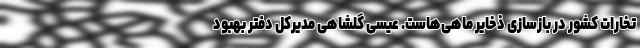
تخارات کشور در بازسازی ذخایر ماهی‌هاست. عیسی گلشاهی مدیرکل دفتر بهبود